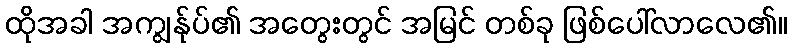
ထိုအခါ အကျွန်ုပ်၏ အတွေးတွင် အမြင် တစ်ခု ဖြစ်ပေါ်လာလေ၏။